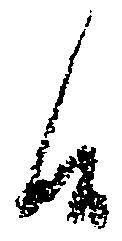
候